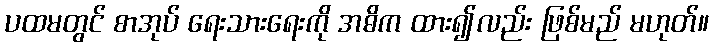
ပထမတွင် စာအုပ် ရေးသားရေးကို အဓိက ထား၍လည်း ဖြစ်မည် မဟုတ်။